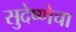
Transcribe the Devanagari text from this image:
सुदेष्णेचा